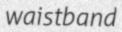
waistband